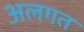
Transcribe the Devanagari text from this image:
अलगत